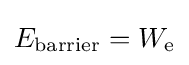
E_{\rm {barrier}}=W_{\rm {e}}